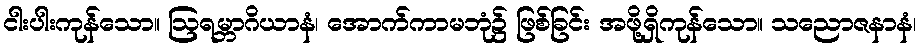
ငါးပါးကုန်သော။ ဩရမ္ဘာဂိယာနံ၊ အောက်ကာမဘုံ၌ ဖြစ်ခြင်း အဖို့ရှိကုန်သော။ သညောဇနာနံ၊